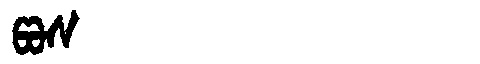
Manchu: ᡦᠣᠰ
Romanization: POS